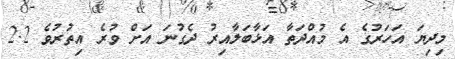
މިދިޔަ އަހަރުގެ އެ މުއްދަތާ އަޅާބަލާއިރު ދެގުނަ އަށް ވުރެ އިތުރުވެ 2.2